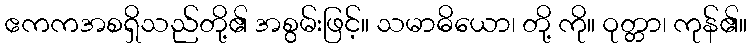
ဧကကအစရှိသည်တို့၏ အစွမ်းဖြင့်။ သမာဓိယော၊ တို့ ကို။ ဝုတ္တာ၊ ကုန်၏။